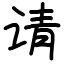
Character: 请